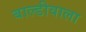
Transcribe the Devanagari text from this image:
बाल्डीवाला